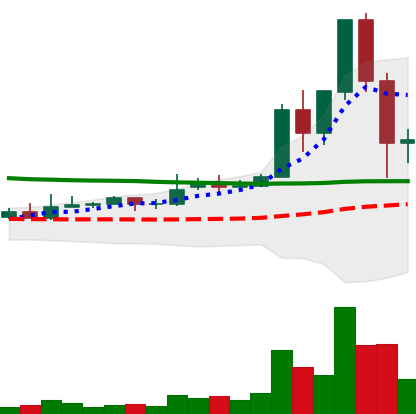
Ticker: DOGE-USD
Chart end date: 2020-11-27
Forward return: 3.023%
Label: up_3_5